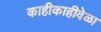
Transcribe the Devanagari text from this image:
काहीकाहीवेळा